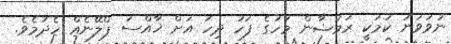
ނުވަވަނަ ކަމަކީ ރަމަޟާން މަހުގެ ފަހު ދިހަ އަށް ޚާއްސަ ޕްލޭނެއް ހެދުމެވެ.